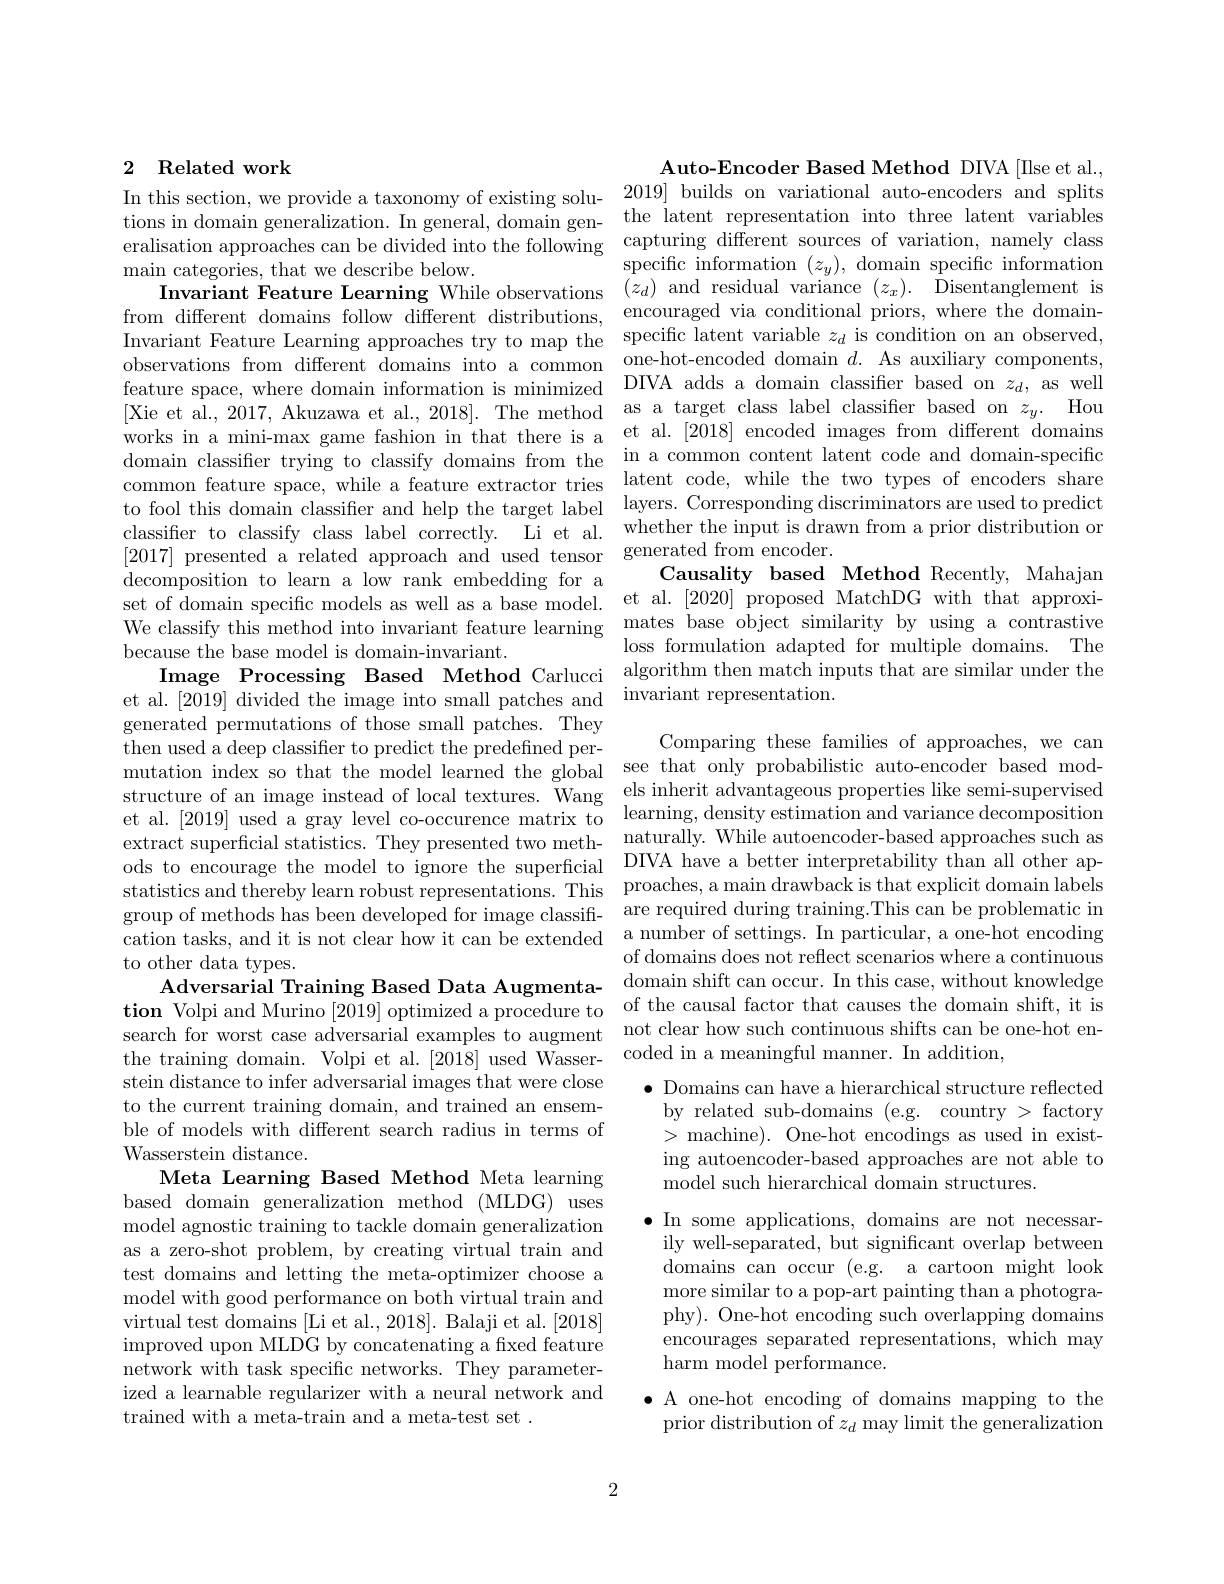
# 2 Related work In this section, we provide a taxonomy of existing solu- 2019] builds on variational auto-encoders and splits

main categories, that we des
from different domains follow different distributions, classifier to classify class decomposition to learn a low rank embedding for a because the base model is domain-invariant.
generated permutations of th then used a deep classifier mutation index so that the model learned the global see that only probabilistic auto-encoder based modstructure of an image instead of local textures. Wang els inherit advantageous properties like semi-supervised et al. [2019] used a gray level co-occurence matrix to learning, density estimation and variance decomposition extract superficial statistics. They presented two meth-
extact supentat staustus. In statistics and thereby learn robust representations. This proaches, a main drawback is that explicit domain labels group of methods has been de cation tasks, and it is not clear how it can be extended a number of settings. In particular, a one-hot encoding to other data types.
Adversarial Training Based Data Augmenta- domain shift can occur. In this case, without knowledge $\textbf{tion Volpi and Murino [ 2019] optimized a procedure to}$ of the causal factor that causes the domain shift, it is search for worst case adversarial examples to augment not clear how such continuous shifts can be one-hot enthe training domain. Volpi et al. [2018] used Wasserstein distance to infer adve to the current training doma ble of models with different search radius in terms of Wasserstein distance.
Meta Learning Based Method M based domain generalization method (MLDG) uses model agnostic training to t as a zero-shot problem, by creating virtual train and test domains and letting the model with good performance on both virtual train and virtual test domains [Li et improved upon MLDG by concatenating a fixed feature network with task specific n ized a learnable regularizer trained with a meta-train an

Auto-Encoder Based Method DI
tions in domain generalization. In general, domain gen- the latent representation into three latent variables eralisation approaches can be divided into the following capturing different sources of variation, namely class
$\begin{array}{lll}{\mathrm{n~categories,~that~we~describe~below.}}&{\mathrm{specific~information~}(z_{y}),\text{ domain specific information}}\\{\mathrm{Invariant~Feature~Learning~While~observations~}}&{(z_{d})\mathrm{~and~residual~variance~}(z_{x}).}\end{array}$Disentanglement is
encouraged via conditional priors, where the domain-
Invariant Feature Learning a observations from different feature space, where domain information is minimized DIVA adds a domain classiffer based on $z_d$, as well [Xie et al., 2017, Akuzawa works in a mini-max game fas domain classifer trying to classify domains from the in a common content latent code and domain-specific common feature space, while to fool this domain classifer and help the target label layers. Corresponding discriminators are used to predict
whether the input is drawn from a prior distribution or
Causality based Method Recently, Mahajan
set of domain specific models as well as a base model. et al. [2020] proposed MatchDG with that approxi-
loss formulation adapted for multiple domains. The
Image Processing Based Method Carlucci algorithm then match inputs that are similar under the
et al.[2019] divided the ima

Comparing these families of approaches, we can naturally. While autoencoder-based approaches such as of domains does not reflect coded in a meaningful manner. In addition,

$\bullet$ Domains can have a hierarchical structure reflected by related sub-domains (e.g. >machine). One-hot encodings as used in existing autoencoder-based approaches are not able to model such hierarchical doma

$\bullet$ In some applications, domains are not necessar-
ily well-separated, but sign domains can occur (e.g. a cartoon might look more similar to a pop-art painting than a photography). One-hot encoding such encourages separated representations, which may harm model performance.

$\bullet$ A one-hot encoding of domains mapping to the prior distribution of $z_d$

2